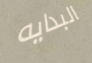
البدايه